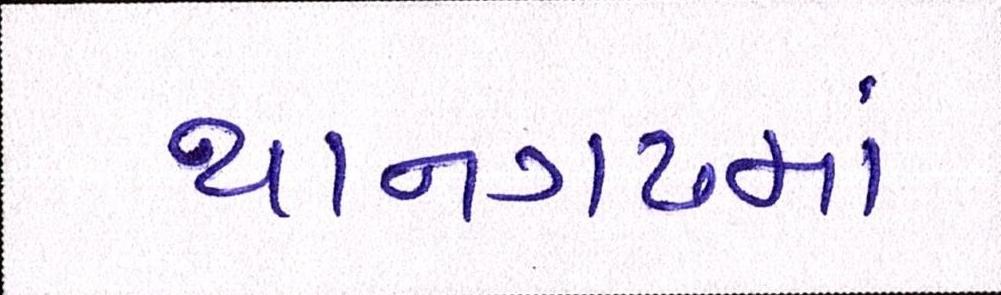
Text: થાનગઢમાં